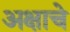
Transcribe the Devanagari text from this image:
अक्षाचे